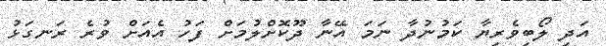
އަދި ލޯބިވެރިޔާ ކަމުނުދާ ނަމަ އޭނާ ދޫކޮށްލުމަށް ފަހު އެއަށް ވުރެ ރަނގަޅު